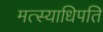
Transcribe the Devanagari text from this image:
मत्स्याधिपति